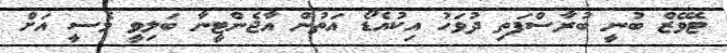
ޓެވޭޒް ބުނީ ބުރާސްފަތި ދުވަހު އިކުއެޑޯ އަތުން އާޖެންޓީނާ ބަލިވީ މެސީ އަށް